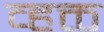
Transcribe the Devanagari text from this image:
व्हक्त